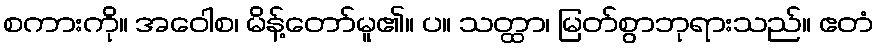
စကားကို။ အဝေါစ၊ မိန့်တော်မူ၏။ ပ။ သတ္ထာ၊ မြတ်စွာဘုရားသည်။ ဧတံ